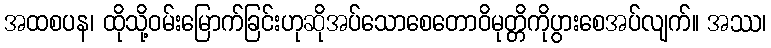
အထစပန၊ ထိုသို့ဝမ်းမြောက်ခြင်းဟုဆိုအပ်သောစေတောဝိမုတ္တိကိုပွားစေအပ်လျက်။ အဿ၊